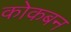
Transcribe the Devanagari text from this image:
कोकबन